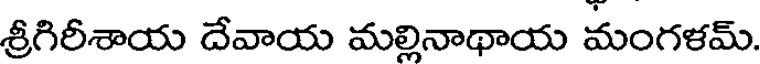
శ్రీగిరీశాయ దేవాయ మల్లినాథాయ మంగళమ్.